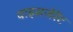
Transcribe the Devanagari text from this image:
वाइसजेरेंट